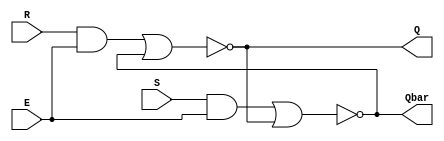
`timescale 1ns / 1ps
//////////////////////////////////////////////////////////////////////////////////
// Company: 
// Engineer: 
// 
// Design Name: 
// Module Name: srff
// Project Name: 
// Target Devices: 
// Tool Versions: 
// Description: 
// 
// Dependencies: 
// 
// Revision:
// Revision 0.01 - File Created
// Additional Comments:
// 
//////////////////////////////////////////////////////////////////////////////////


module srff(
    input R,S,E,
    output Q, Qbar 
    );
    wire R_i, S_i;
    assign R_i = R & E;
    assign S_i = S & E;
    assign Q = ~(R_i | Qbar);
    assign Qbar = ~(S_i | Q); 
endmodule